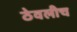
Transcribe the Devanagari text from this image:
ठेवलीच